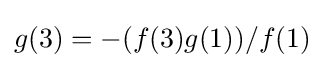
g(3)=-(f(3)g(1))/f(1)